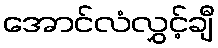
အောင်လံလွှင့်ချီ